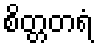
စိတ္တတရံ